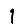
Digit: 1